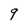
Character: 9